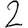
Digit: 2